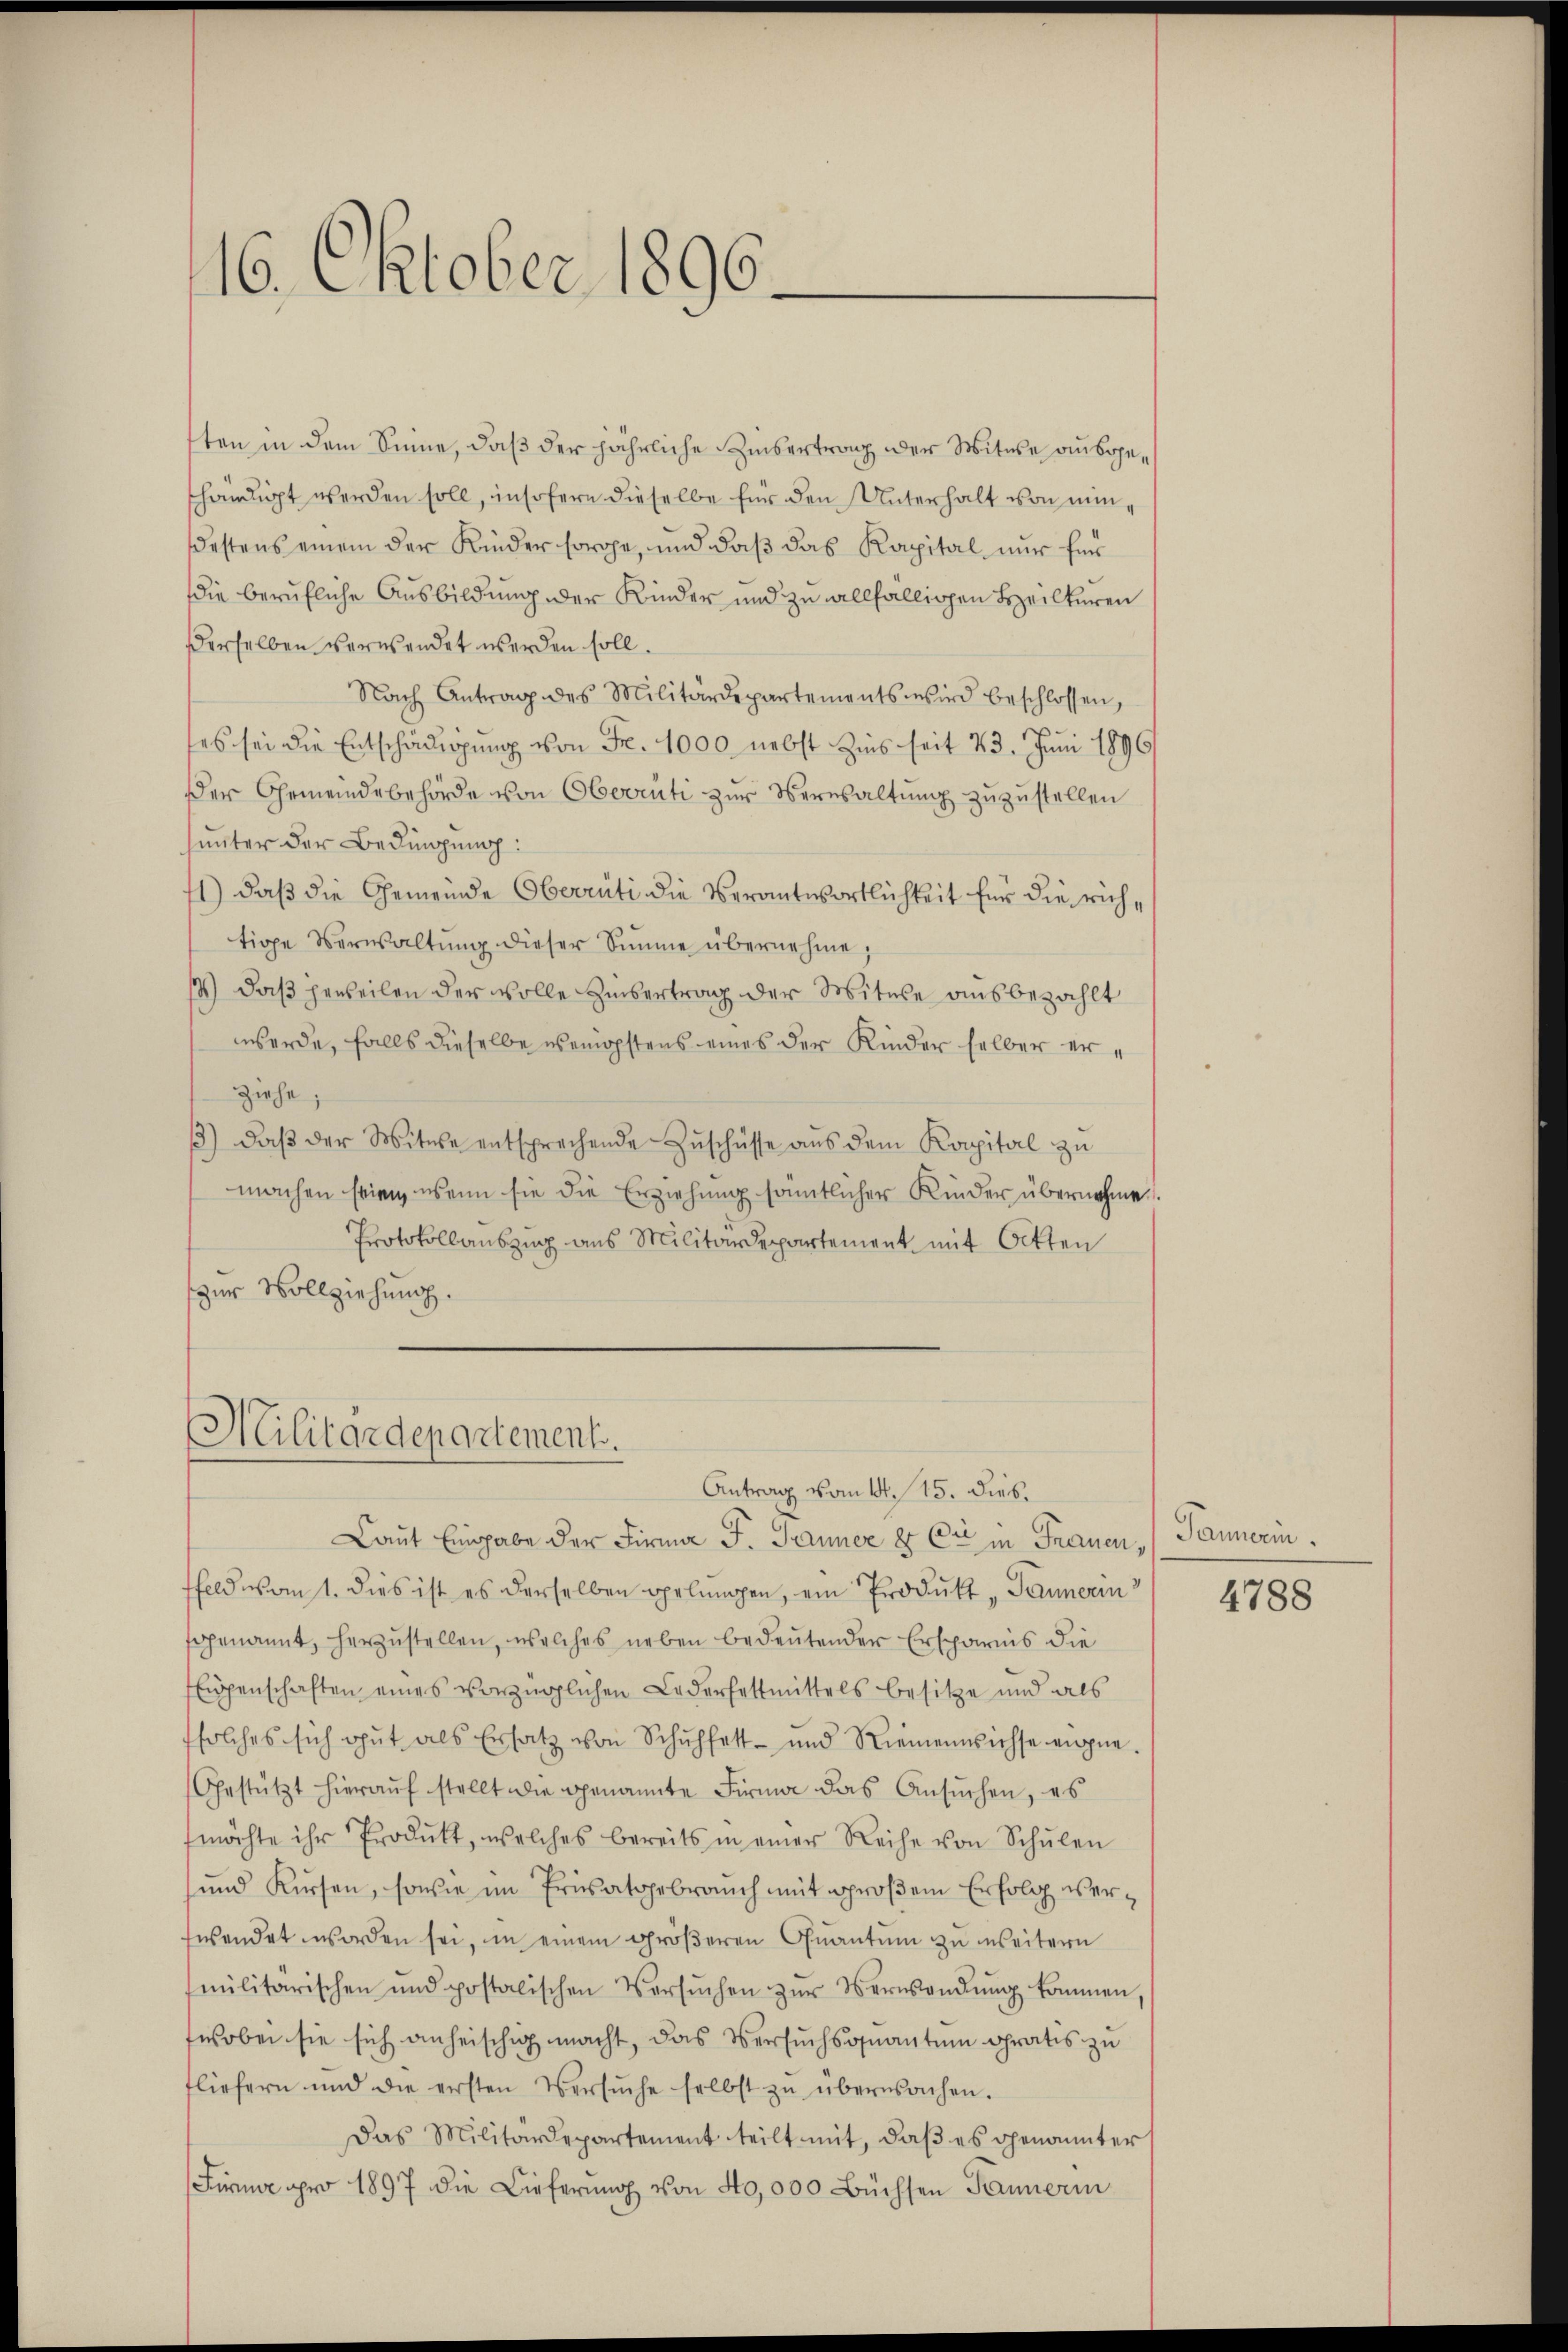
16. Oktober 1896.

ten in dem Sinne, daß der jährliche Zinsertrag der Witwe ausgeshändigt werden soll, insofern dieselbe für den Unterhalt von nunestens einem der Kinder sorge, und daß das Kapital nur für
die berufliche Ausbildung der Kinder und zu allfälligen Heilkuren
derselben verwendet werden soll.
Nach Antrag des Militärdepartements wird beschlossen,
.
ses sei die Entschädigung von Fr. 1000 nebst Zins seit 23. Juni 1896/
der Gemeindebehörde von Oberrüti zur Verwaltung zuzustellen
unter der Bedingung:
1) daß die Gemeinde Oberrüti die Verantwortlichkeit für die richtige Verwaltŭng dieser Simme übernehme,
14) daß jeweilen der volle Hubertrag der Mitere ausbezahlt
werde, falls dieselbe wenigstens eines der Kinder selber erziehe;
1) daβ der Witwe entsprechende Zŭschüsse aŭs dem Koppital zu
machen seien, wenn sie die Erziehung sämmtlicher Kinder übernehme
Protokollauszug aus Militärdepartement mit Otten
zur Vollziehung.

t
Cilitärdepartement.
Antrag vom 14. 15. dies

Laut Eingabe der Firma J. Jauner & Cie in Frauen, Pannerin
feld mant. dies ist es derselben gelungen, ein Produkt „Pannerin
sogenannt, herzustellen, welches neben bedeutender Ersparnis die
Eigenschaften eines vorzüglichen Lederfettmittels besitze und als
solches sich gut als Ersatz von Schuhfest- und Riemensichte eigne.
Gestützt hieraŭf stellt die genannte Firma das Ansŭchen, es
möchte ihr Produkt, welches bereits in einer Reihe von Schŭlen
und Kürsen, sowie im Frisatgebrauch mit großem Erfolg verfwendet worden sei, in einem größeren Quantum zu weitern
militarischen und postalischen Versŭchen zŭr Verwandlŭng kommen
wobei sie sich anheischig macht, das Versuchsquantum gratis zu
fliefern und die ersten Versŭche selbst zŭ überwachen.
Das Militärdepartement teilt mit, daβ es genannter
Fürna pro 1897 die Lieferŭng von 40,000 Büchsen Pannerin

4788